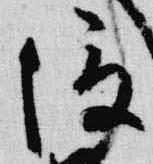
俊